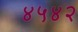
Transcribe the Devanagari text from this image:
४५४२